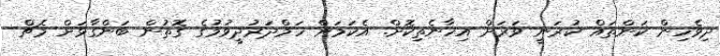
ދިވެހިން ކަންތައް ކުރަނީ ވަރަށް އިހާނެތިކޮށް. އެކަމަށް ހަމްދަރުދީވުމުގެ ގޮތުން ބަންގާޅަށް މެޗް